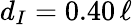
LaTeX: d_{I}=0.40\, \ell